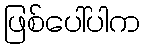
ဖြစ်ပေါ်ပါက